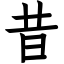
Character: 昔